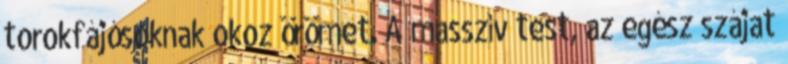
torokfájósoknak okoz örömet. A masszív test, az egész szájat